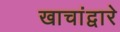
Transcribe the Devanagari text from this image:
खाचांद्वारे